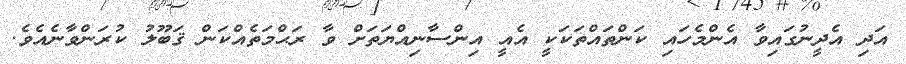
އަދި އެދީނުގައިވާ އެންމެހައި ކަންތައްތަކަކީ އެއީ އިންސާނިއްޔަތަށް ވާ ރަޙްމަތެއްކަން ޤަބޫލު ކުރަންވާނެއެވެ.